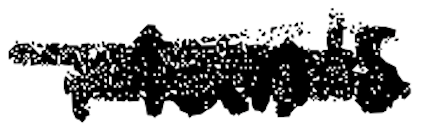
Text: Man's
Cross-out: mix
Writing tool: digital_black